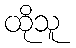
ထိုသူ